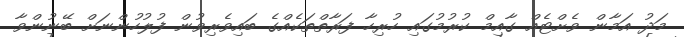
މަދު އަމާން ވެށްޓެއް ގާއިމް ކުރުމުގައި ހުރިހާ ފަރާތްތަކެއްގެ ބައިވެރިވުން ފުލުހުންނަށް ބޭނުންވާ